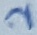
Text: 2